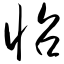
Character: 怊